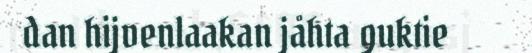
dan hijvenlaakan jåhta guktie